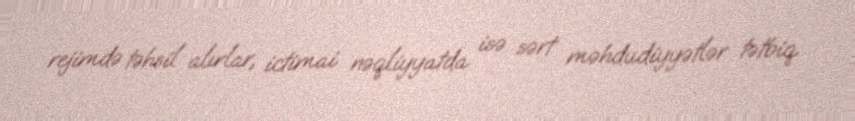
rejimdə təhsil alırlar, ictimai nəqliyyatda isə sərt məhdudiyyətlər tətbiq